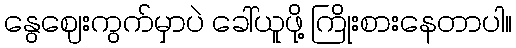
နွေဈေးကွက်မှာပဲ ခေါ်ယူဖို့ ကြိုးစားနေတာပါ။